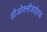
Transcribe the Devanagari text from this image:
डीओक्सीडाईसड